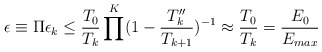
\begin{align*}\epsilon \equiv \Pi \epsilon_k \leq \frac{T_0}{T_k} \prod^K(1-\frac{T_k''}{T_{k+1}})^{-1}\approx \frac{T_0}{T_k}=\frac{E_0}{E_{max}}\end{align*}